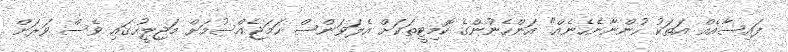
ފައިސާއެއް އަތަކު ހުންނާނެހެނެއް" އަންހެނުންގެ ކޮމިޓީތަކަށް އެލަވަންސް ހަމަޖެއްސުމަށް މަޖިލީހުގައި ވެސް ވަރަށް